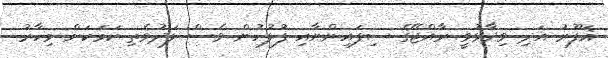
ޣަފޫރު އަދި ވިދާޅުވީ ރާއްޖޭގެ ސިފައިންނާއި ފުލުހުން ވެސް ލަދުވެތި ކަމަކަށް މިހާރު